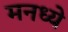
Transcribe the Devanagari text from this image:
मनध्ये